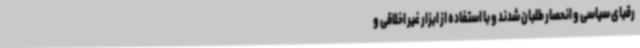
رقبای سیاسی و انحصار طلبان شدند و با استفاده از ابزار غیر اخلاقی و